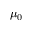
\mu _ { 0 }